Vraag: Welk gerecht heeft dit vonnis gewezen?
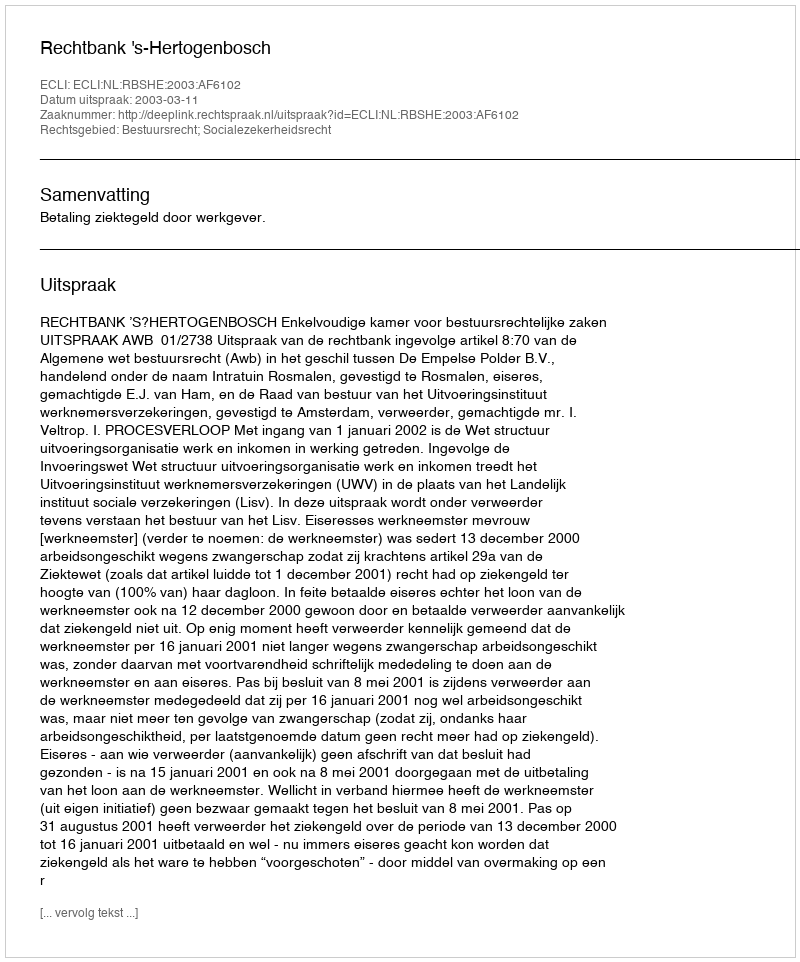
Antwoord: Rechtbank 's-Hertogenbosch